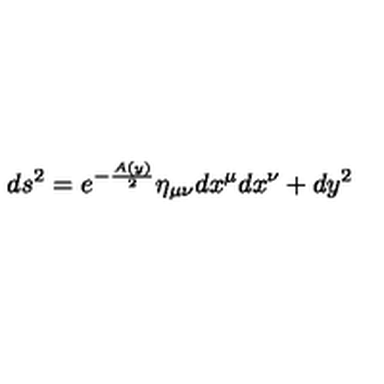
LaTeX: d s ^ { 2 } = e ^ { - \frac { A ( y ) } { 2 } } \eta _ { \mu \nu } d x ^ { \mu } d x ^ { \nu } + d y ^ { 2 }